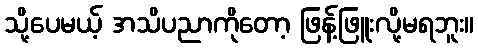
သို့ပေမယ့် အသိပညာကိုတော့ ဖြန့်ဖြူးလို့မရဘူး။